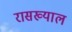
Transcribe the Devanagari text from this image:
रासख्याल